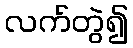
လက်တွဲ၍